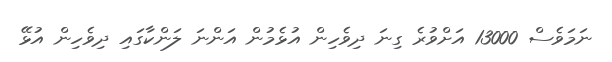
ނަމަވެސް 13000 އަށްވުރެ ގިނަ ދިވެހިން އުޅެމުން އަންނަ ލަންކާގައި ދިވެހިން އުޅޭ